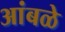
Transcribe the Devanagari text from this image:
आंबळे